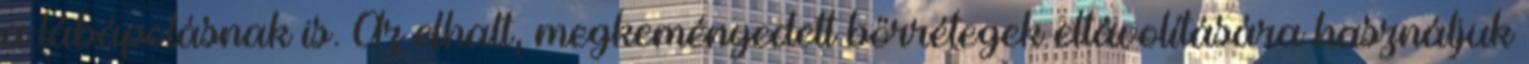
a lábápolásnak is. Az elhalt, megkeményedett bőrrétegek eltávolítására használjuk